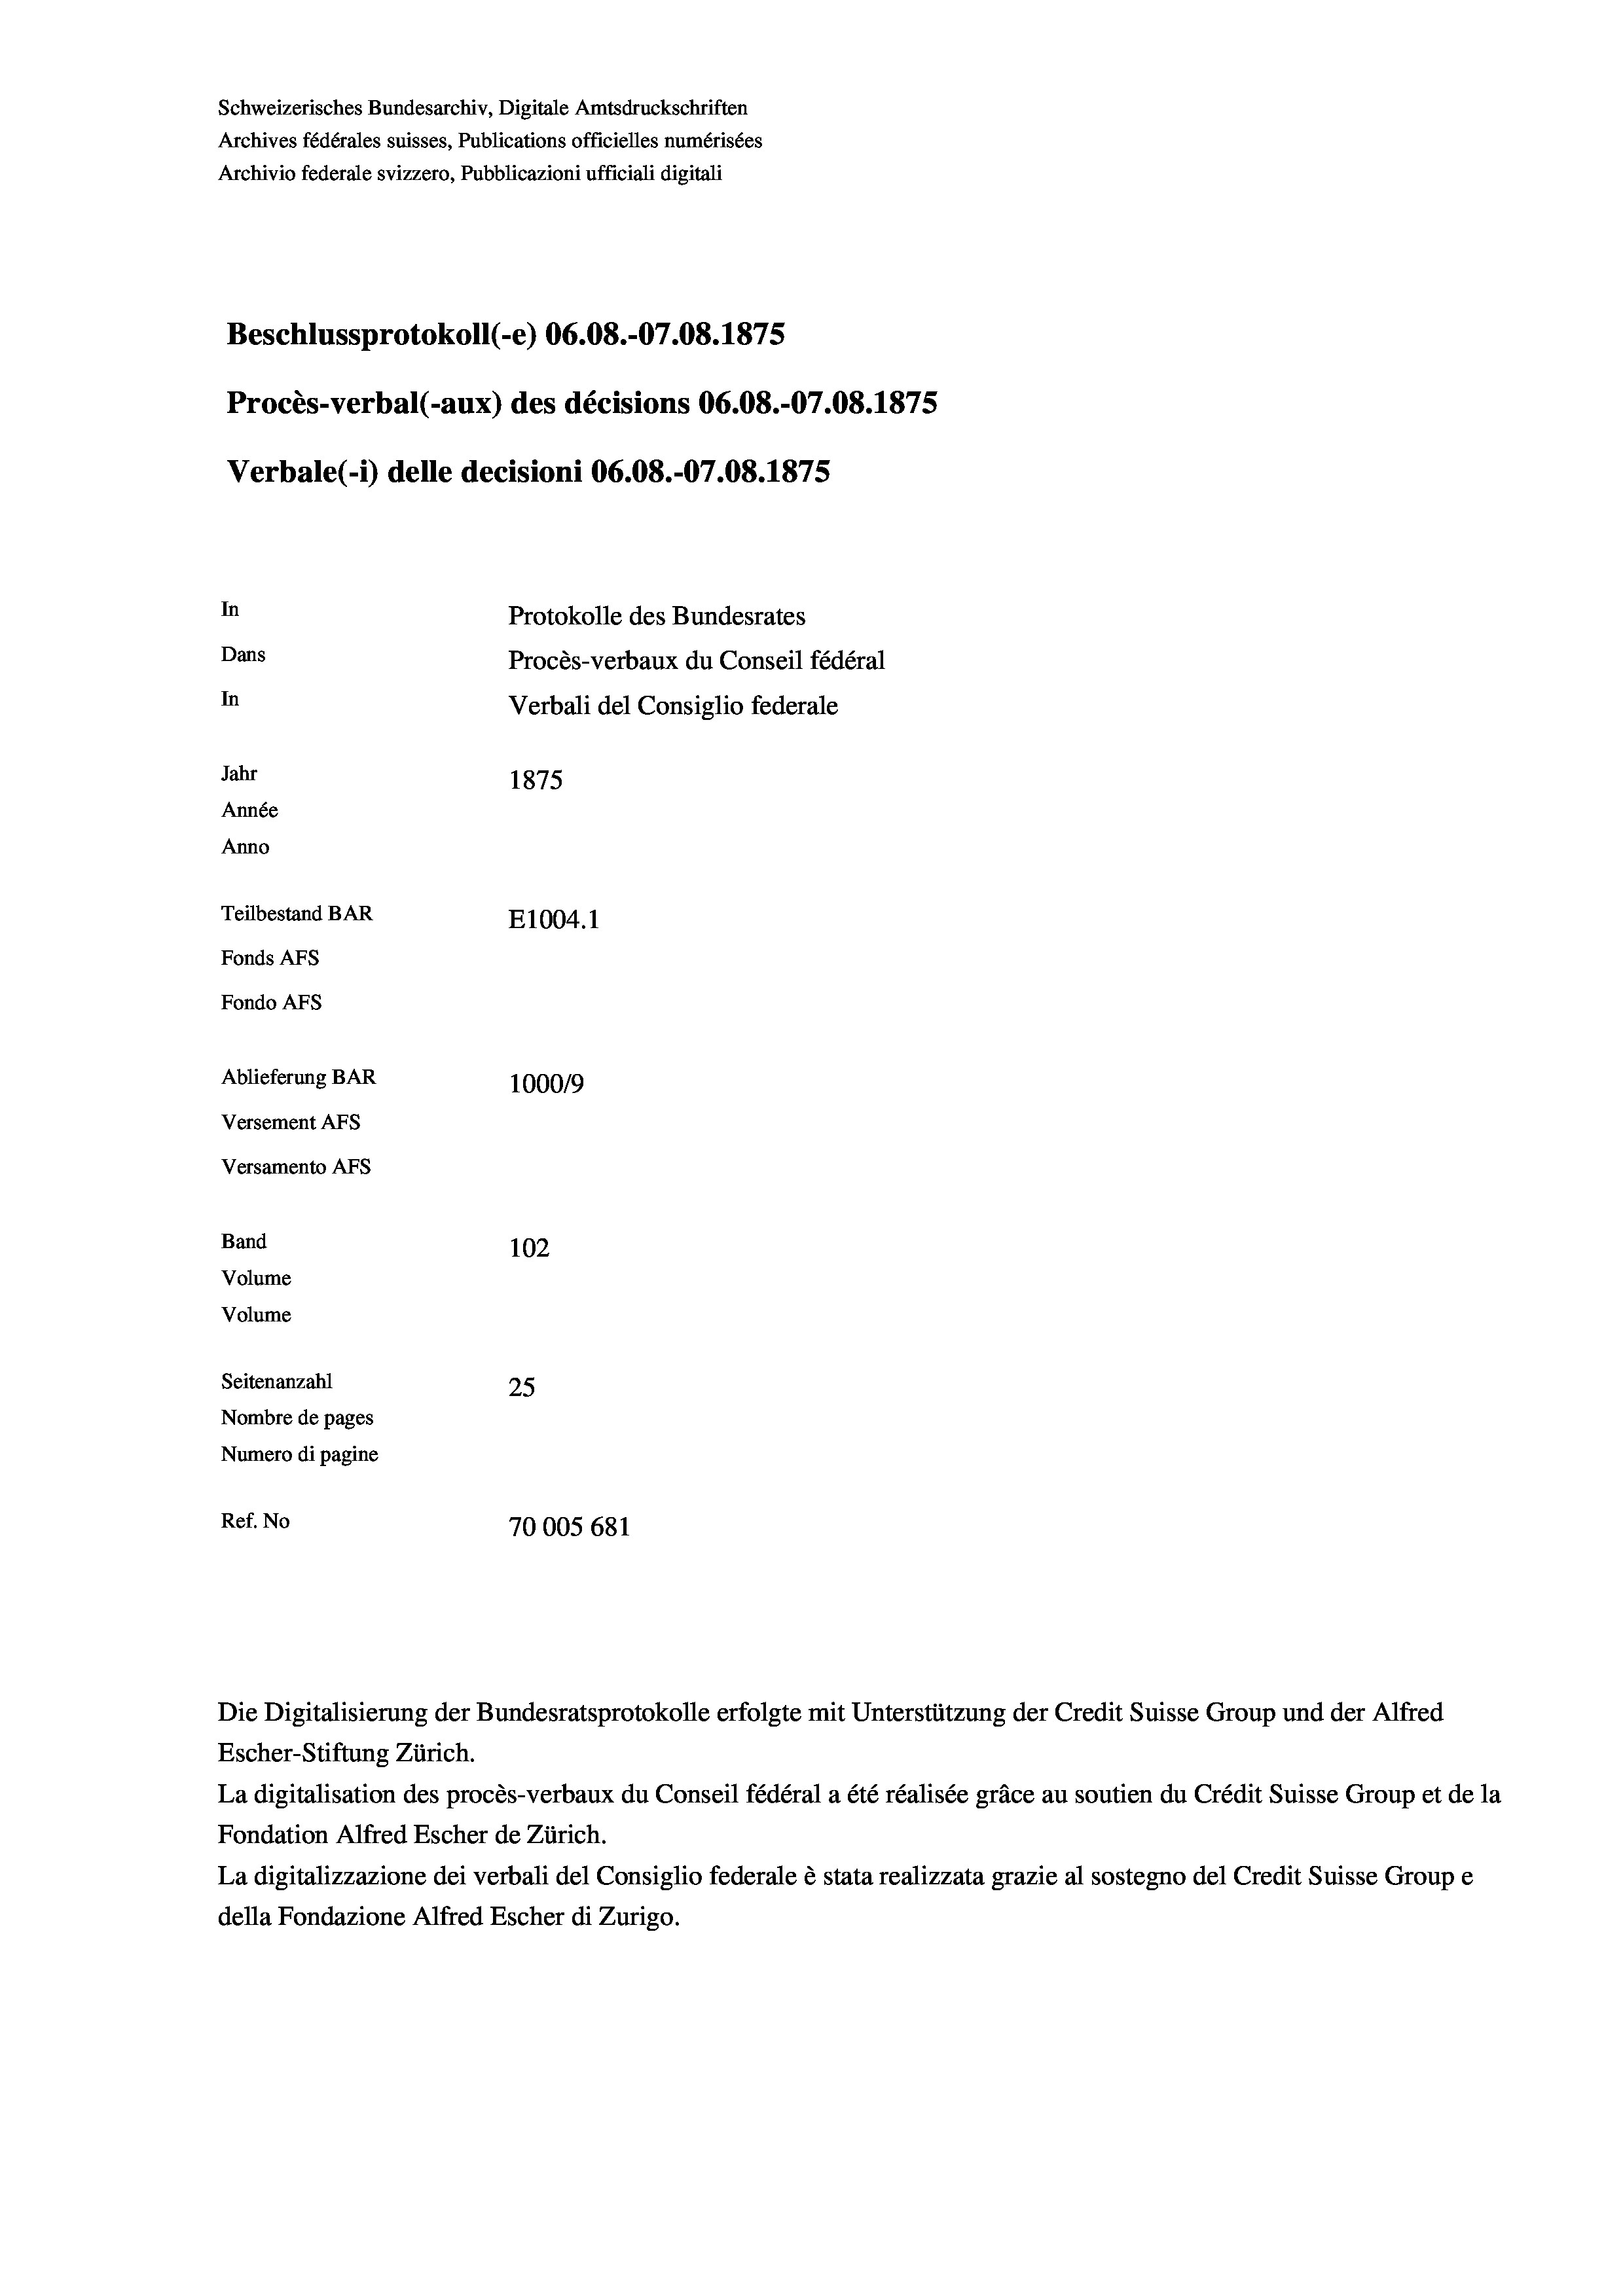
Schweizerisches Bundesarchiv, Digitale Amtsdruckschriften
Archives fédérales suisses, Publications officielles numérisées
Archivio federale svizzero, Pubblicazioni ufficiali digitali
Beschlussprotokoll (-e) 06.08.-07.08. 1875
Procès-verbal (-aux) des décisions 06.08.-07.08. 1875
Verbale (i) delle decisioni 06.08.-07.08. 1875
In
Protokolle des Bundesrates
Dans
Procès-verbaux du Conseil fédéral
In
Verbali del Consiglio federale
Jahr
1875
Année
Anno
Teilbestand BAR
E1004. 1
Fonds AFs
Fondo Afs
Ablieferung BAR
100019
Versement AFs
Versamento AFS
Band
102
Volume
Volume
Seitenanzahl
25
Nombre de pages
Numero di pagine
Ref. No
70005 681

Die Digitalisierung der Bundesratsprotokolle erfolgte mit Unterstützung der Credit Suisse Group und der Alfred
Escher-Stiftung Zürich.
La digitalisation des procès-verbaux du Conseil fédéral a été réalisée gräce au soutien du Crédit Suisse Group et de la
Fondation Alfred Escher de Zürich.
La digitalizzazione dei verbali del Consiglio federale è stata realizzata grazie al sostegno del Credit Suisse Groupe
della Fondazione Alfred Escher di Zurigo.